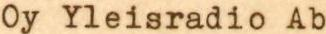
Oy Yleisradio Ab